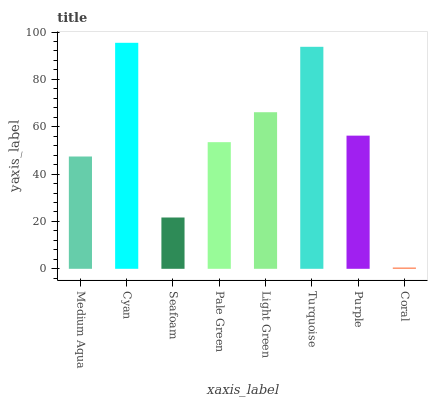
| xaxis_label | bars |
 | --- | --- |
 | Medium Aqua | 47.4 |
 | Cyan | 95.5 |
 | Seafoam | 21.7 |
 | Pale Green | 53.5 |
 | Light Green | 66.1 |
 | Turquoise | 93.8 |
 | Purple | 56.2 |
 | Coral | 0.535 |